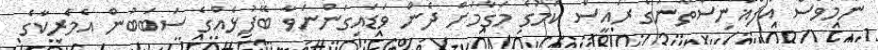
ނަމަވެސް އަފްޣާނިސްތާނުގެ ރައީސް ކަމުގެ މަގާމަށް ދެން ވަޑައިގަންނަވާ ބޭފުޅެއްގެ ސަބަބުން އެމެރިކާގެ